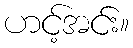
ဟင့်အင်း။